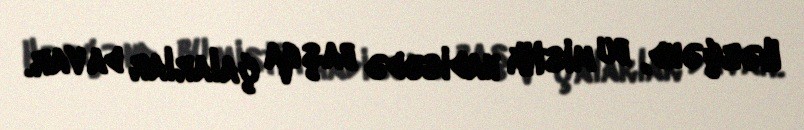
Hərçənd, bu mistik hadisədə başqa çalarlar da var.